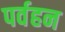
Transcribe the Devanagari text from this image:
पर्वहन